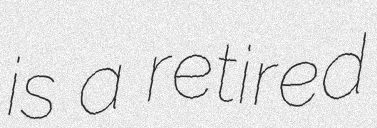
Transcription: is a retired